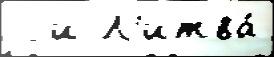
  и Л'итва́